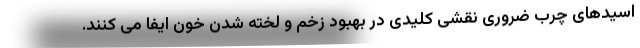
اسیدهای چرب ضروری نقشی کلیدی در بهبود زخم و لخته شدن خون ایفا می کنند.